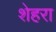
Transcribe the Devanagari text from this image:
शेहरा